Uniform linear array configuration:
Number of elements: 64
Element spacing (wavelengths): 0.75
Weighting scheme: binomial
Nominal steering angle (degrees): -30
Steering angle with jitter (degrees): -31.372
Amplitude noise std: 0.05
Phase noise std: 0.05

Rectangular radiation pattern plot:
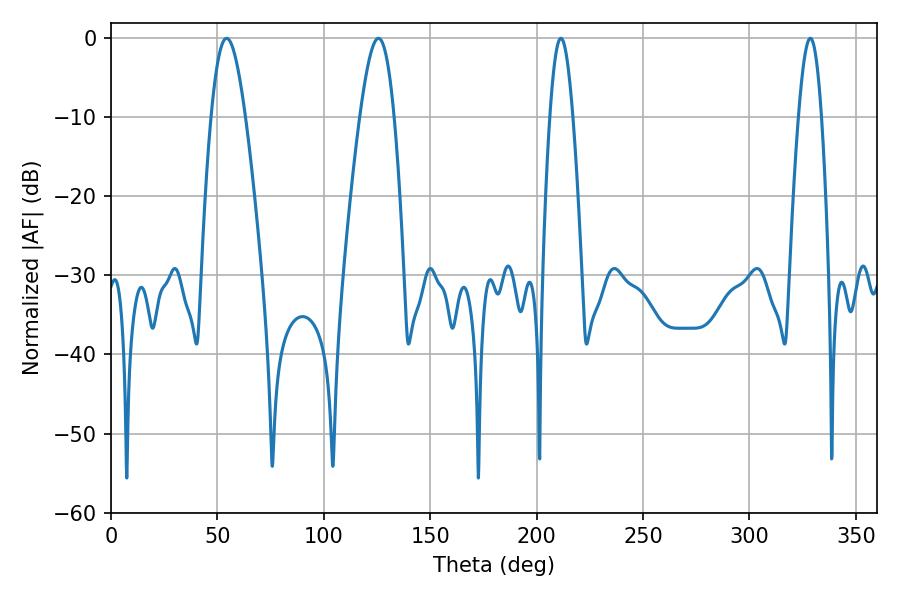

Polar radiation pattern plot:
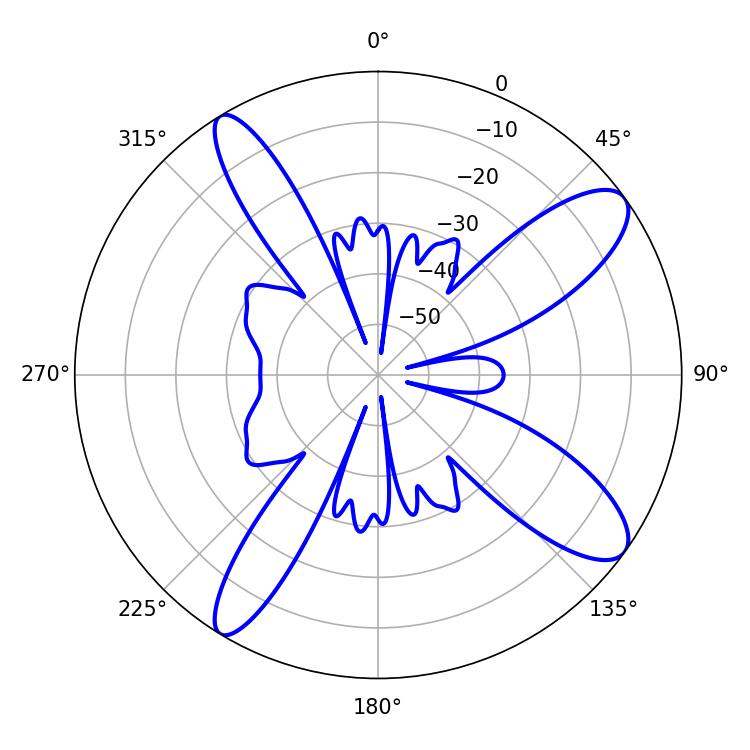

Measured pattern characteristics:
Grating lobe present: TRUE
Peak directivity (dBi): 11.197
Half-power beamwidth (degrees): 8.64
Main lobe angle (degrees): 54.36